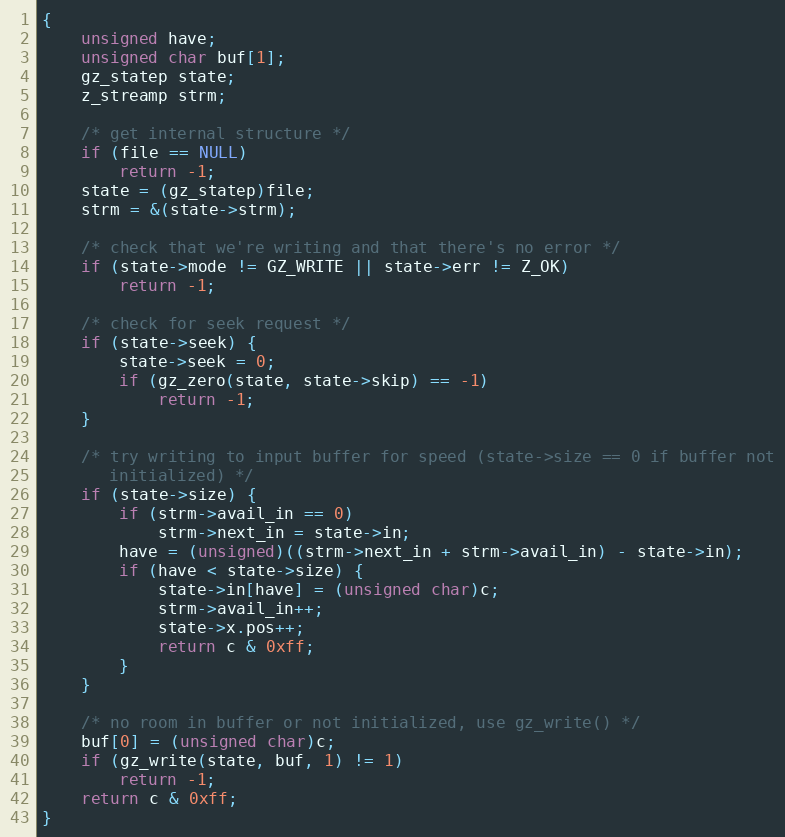
Language: C
{
    unsigned have;
    unsigned char buf[1];
    gz_statep state;
    z_streamp strm;

    /* get internal structure */
    if (file == NULL)
        return -1;
    state = (gz_statep)file;
    strm = &(state->strm);

    /* check that we're writing and that there's no error */
    if (state->mode != GZ_WRITE || state->err != Z_OK)
        return -1;

    /* check for seek request */
    if (state->seek) {
        state->seek = 0;
        if (gz_zero(state, state->skip) == -1)
            return -1;
    }

    /* try writing to input buffer for speed (state->size == 0 if buffer not
       initialized) */
    if (state->size) {
        if (strm->avail_in == 0)
            strm->next_in = state->in;
        have = (unsigned)((strm->next_in + strm->avail_in) - state->in);
        if (have < state->size) {
            state->in[have] = (unsigned char)c;
            strm->avail_in++;
            state->x.pos++;
            return c & 0xff;
        }
    }

    /* no room in buffer or not initialized, use gz_write() */
    buf[0] = (unsigned char)c;
    if (gz_write(state, buf, 1) != 1)
        return -1;
    return c & 0xff;
}